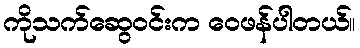
ကိုသက်ဆွေဝင်းက ဝေဖန်ပါတယ်။